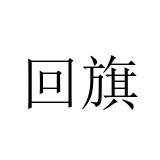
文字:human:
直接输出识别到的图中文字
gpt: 回旗